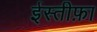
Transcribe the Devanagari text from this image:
ईस्तीफ़ा